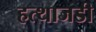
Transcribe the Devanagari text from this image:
हत्थाजडी